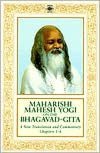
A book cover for Maharishi Mahesh Yogi on the Bhagavad-gita: A New Translation and Commentary with Sanskrit Text: Chapters 1-6; Maharishi Mahesh Yogi; Religion & Spirituality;